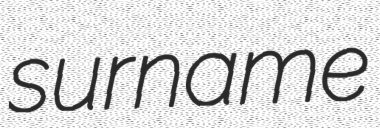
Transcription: surname